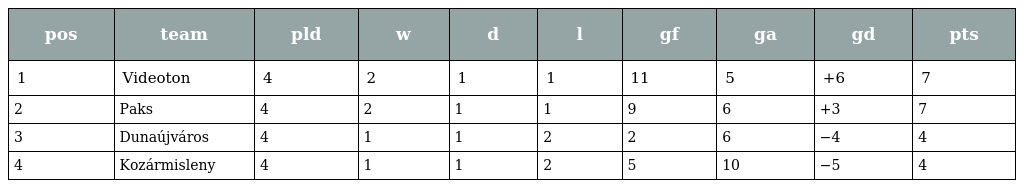
| pos | team | pld | w | d | l | gf | ga | gd | pts |
 | --- | --- | --- | --- | --- | --- | --- | --- | --- | --- |
 | 1 | Videoton | 4 | 2 | 1 | 1 | 11 | 5 | +6 | 7 |
 | 2 | Paks | 4 | 2 | 1 | 1 | 9 | 6 | +3 | 7 |
 | 3 | Dunaújváros | 4 | 1 | 1 | 2 | 2 | 6 | −4 | 4 |
 | 4 | Kozármisleny | 4 | 1 | 1 | 2 | 5 | 10 | −5 | 4 |